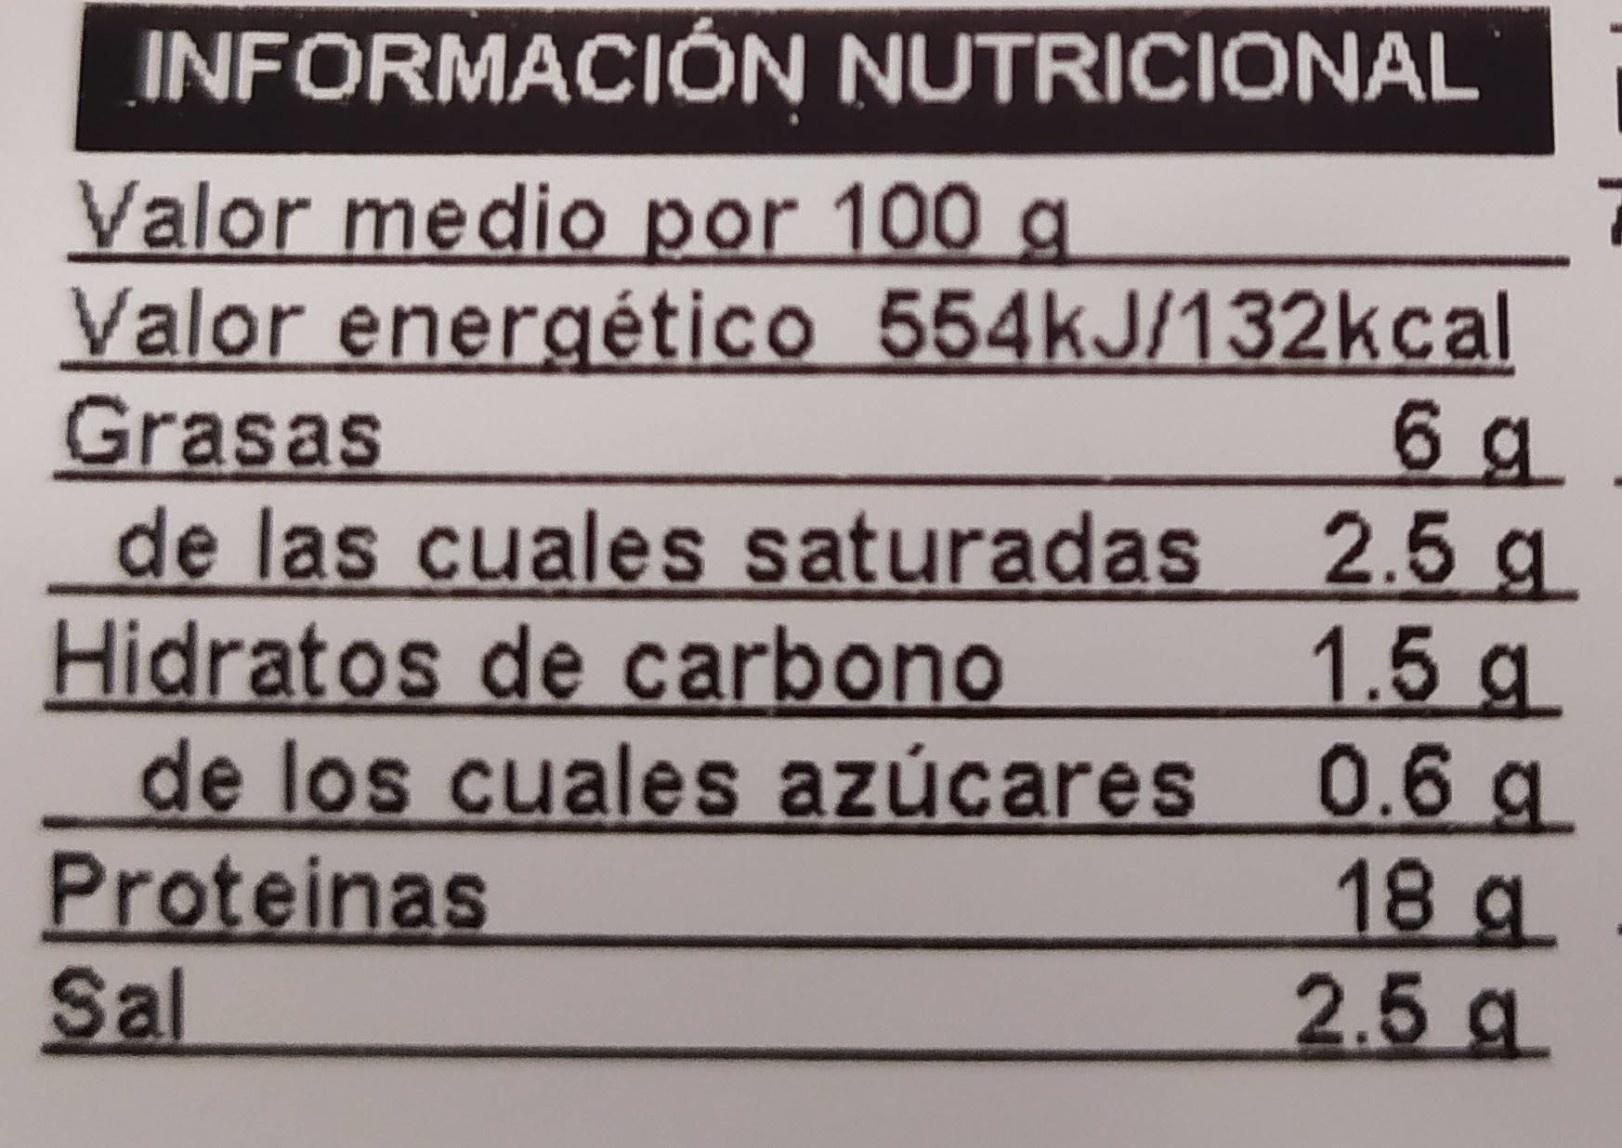
INFORMACIÓN NUTRICIONAL
Valor medio por 100 g Valor energético 554kJ/132kcal Grasas de las cuales saturadas 2.5 g Hidratos de carbono de los cuales azúcares 0.6 g Proteinas Sal
6 g
1.5g
18 g 2.5 g